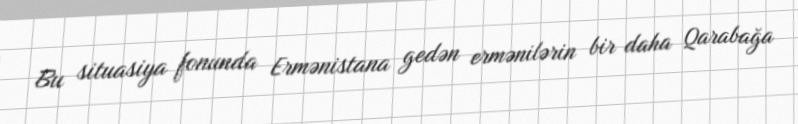
Bu situasiya fonunda Ermənistana gedən ermənilərin bir daha Qarabağa